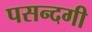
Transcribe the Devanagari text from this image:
पसन्दगी